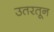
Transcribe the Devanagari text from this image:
उतरतून